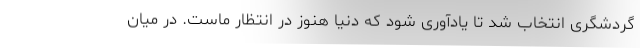
گردشگری انتخاب شد تا یادآوری شود که دنیا هنوز در انتظار ماست. در میان